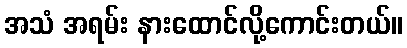
အသံ အရမ်း နားထောင်လို့ကောင်းတယ်။